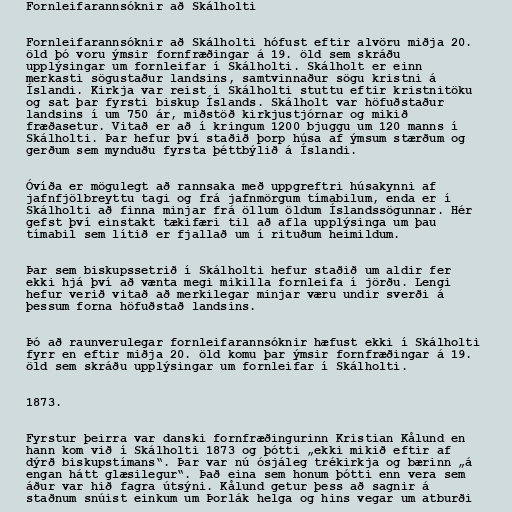
Fornleifarannsóknir að Skálholti

Fornleifarannsóknir að Skálholti hófust eftir alvöru miðja 20.
öld þó voru ýmsir fornfræðingar á 19. öld sem skráðu
upplýsingar um fornleifar í Skálholti. Skálholt er einn
merkasti sögustaður landsins, samtvinnaður sögu kristni á
Íslandi. Kirkja var reist í Skálholti stuttu eftir kristnitöku
og sat þar fyrsti biskup Íslands. Skálholt var höfuðstaður
landsins í um 750 ár, miðstöð kirkjustjórnar og mikið
fræðasetur. Vitað er að í kringum 1200 bjuggu um 120 manns í
Skálholti. Þar hefur því staðið þorp húsa af ýmsum stærðum og
gerðum sem mynduðu fyrsta þéttbýlið á Íslandi.

Óvíða er mögulegt að rannsaka með uppgreftri húsakynni af
jafnfjölbreyttu tagi og frá jafnmörgum tímabilum, enda er í
Skálholti að finna minjar frá öllum öldum Íslandssögunnar. Hér
gefst því einstakt tækifæri til að afla upplýsinga um þau
tímabil sem lítið er fjallað um í rituðum heimildum.

Þar sem biskupssetrið í Skálholti hefur staðið um aldir fer
ekki hjá því að vænta megi mikilla fornleifa í jörðu. Lengi
hefur verið vitað að merkilegar minjar væru undir sverði á
þessum forna höfuðstað landsins.

Þó að raunverulegar fornleifarannsóknir hæfust ekki í Skálholti
fyrr en eftir miðja 20. öld komu þar ýmsir fornfræðingar á 19.
öld sem skráðu upplýsingar um fornleifar í Skálholti.

1873.

Fyrstur þeirra var danski fornfræðingurinn Kristian Kålund en
hann kom við í Skálholti 1873 og þótti „ekki mikið eftir af
dýrð biskupstímans“. Þar var nú ósjáleg trékirkja og bærinn „á
engan hátt glæsilegur“. Það eina sem honum þótti enn vera sem
áður var hið fagra útsýni. Kålund getur þess að sagnir á
staðnum snúist einkum um Þorlák helga og hins vegar um atburði